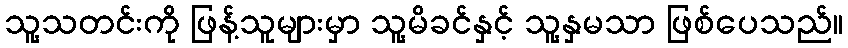
သူ့သတင်းကို ဖြန့်သူများမှာ သူ့မိခင်နှင့် သူ့နှမသာ ဖြစ်ပေသည်။